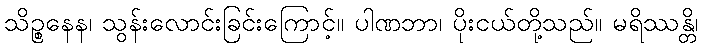
သိဉ္စနေန၊ သွန်းလောင်းခြင်းကြောင့်။ ပါဏဘာ၊ ပိုးငယ်တို့သည်။ မရိဿန္တိ၊